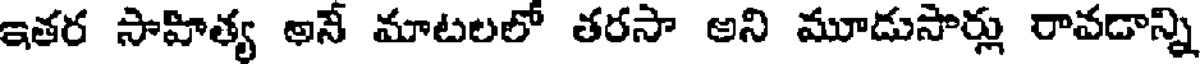
ఇతర సాహిత్య అనే మాటలలో తరసా అని మూడుసార్లు రావడాన్ని